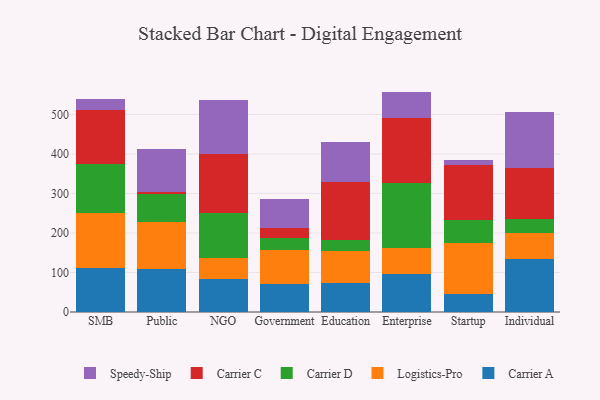
{"axis": {"x": "Segment", "y": "Customer Acquisition Cost (USD)"}, "legend": ["Carrier A", "Carrier C", "Carrier D", "Logistics-Pro", "Speedy-Ship"], "data": [{"x": "SMB", "y": 112.1, "type": "Carrier A"}, {"x": "SMB", "y": 138.5, "type": "Logistics-Pro"}, {"x": "SMB", "y": 123.3, "type": "Carrier D"}, {"x": "SMB", "y": 137.0, "type": "Carrier C"}, {"x": "SMB", "y": 28.4, "type": "Speedy-Ship"}, {"x": "Public", "y": 108.1, "type": "Carrier A"}, {"x": "Public", "y": 120.5, "type": "Logistics-Pro"}, {"x": "Public", "y": 68.9, "type": "Carrier D"}, {"x": "Public", "y": 6.2, "type": "Carrier C"}, {"x": "Public", "y": 108.6, "type": "Speedy-Ship"}, {"x": "NGO", "y": 84.4, "type": "Carrier A"}, {"x": "NGO", "y": 51.8, "type": "Logistics-Pro"}, {"x": "NGO", "y": 115.0, "type": "Carrier D"}, {"x": "NGO", "y": 148.8, "type": "Carrier C"}, {"x": "NGO", "y": 135.7, "type": "Speedy-Ship"}, {"x": "Government", "y": 70.7, "type": "Carrier A"}, {"x": "Government", "y": 86.6, "type": "Logistics-Pro"}, {"x": "Government", "y": 29.6, "type": "Carrier D"}, {"x": "Government", "y": 26.8, "type": "Carrier C"}, {"x": "Government", "y": 73.4, "type": "Speedy-Ship"}, {"x": "Education", "y": 72.4, "type": "Carrier A"}, {"x": "Education", "y": 81.9, "type": "Logistics-Pro"}, {"x": "Education", "y": 28.3, "type": "Carrier D"}, {"x": "Education", "y": 146.1, "type": "Carrier C"}, {"x": "Education", "y": 102.5, "type": "Speedy-Ship"}, {"x": "Enterprise", "y": 95.2, "type": "Carrier A"}, {"x": "Enterprise", "y": 67.9, "type": "Logistics-Pro"}, {"x": "Enterprise", "y": 163.6, "type": "Carrier D"}, {"x": "Enterprise", "y": 165.2, "type": "Carrier C"}, {"x": "Enterprise", "y": 65.9, "type": "Speedy-Ship"}, {"x": "Startup", "y": 45.3, "type": "Carrier A"}, {"x": "Startup", "y": 128.3, "type": "Logistics-Pro"}, {"x": "Startup", "y": 60.2, "type": "Carrier D"}, {"x": "Startup", "y": 138.8, "type": "Carrier C"}, {"x": "Startup", "y": 11.2, "type": "Speedy-Ship"}, {"x": "Individual", "y": 134.3, "type": "Carrier A"}, {"x": "Individual", "y": 65.0, "type": "Logistics-Pro"}, {"x": "Individual", "y": 35.0, "type": "Carrier D"}, {"x": "Individual", "y": 129.8, "type": "Carrier C"}, {"x": "Individual", "y": 142.9, "type": "Speedy-Ship"}]}